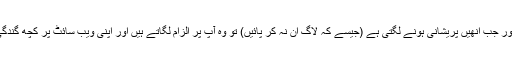
مدد کرنا مشکل کام ہے ، اپ ٹائم قابل اعتراض ہے اور جب انھیں پریشانی ہونے لگتی ہے (جیسے کہ لاگ ان نہ کر پائیں) تو وہ آپ پر الزام لگاتے ہیں اور اپنی ویب سائٹ پر کچھ گندگی کے حوالے سے آپ کا اکاؤنٹ معطل کردیتے ہیں۔